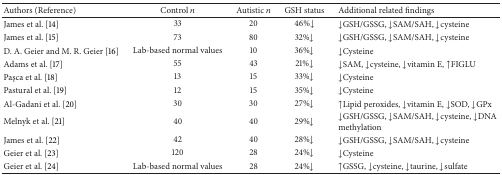
| Authors (Reference) | Control n | Autistic n | GSH status | Additional related findings |
 | --- | --- | --- | --- | --- |
 | James et al. [14] | 33 | 20 | 46%↓ | ↓GSH/GSSG, ↓SAM/SAH, ↓cysteine |
 | James et al. [15] | 73 | 80 | 32%↓ | ↓GSH/GSSG, ↓SAM/SAH, ↓cysteine |
 | D. A. Geier and M. R. Geier [16] | Lab-based normal values | 10 | 36%↓ | ↓Cysteine |
 | Adams et al. [17] | 55 | 43 | 21%↓ | ↓SAM, ↓cysteine, ↓vitamin E, ↑FIGLU |
 | Paşca et al. [18] | 13 | 15 | 33%↓ | ↓Cysteine |
 | Pastural et al. [19] | 12 | 15 | 35%↓ | ↓Cysteine |
 | Al-Gadani et al. [20] | 30 | 30 | 27%↓ | ↑Lipid peroxides, ↓vitamin E, ↓SOD, ↓GPx |
 | Melnyk et al. [21] | 40 | 40 | 29%↓ | ↓GSH/GSSG, ↓SAM/SAH, ↓cysteine, ↓DNA methylation |
 | James et al. [22] | 42 | 40 | 28%↓ | ↓GSH/GSSG, ↓SAM/SAH, ↓cysteine |
 | Geier et al. [23] | 120 | 28 | 24%↓ | ↓Cysteine |
 | Geier et al. [24] | Lab-based normal values | 28 | 24%↓ | ↑GSSG, ↓cysteine, ↓taurine, ↓sulfate |